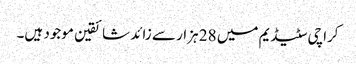
کراچی سٹیڈیم میں 28 ہزار سے زائد شائقین موجود ہیں۔